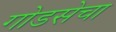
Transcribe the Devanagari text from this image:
गोडसेचा